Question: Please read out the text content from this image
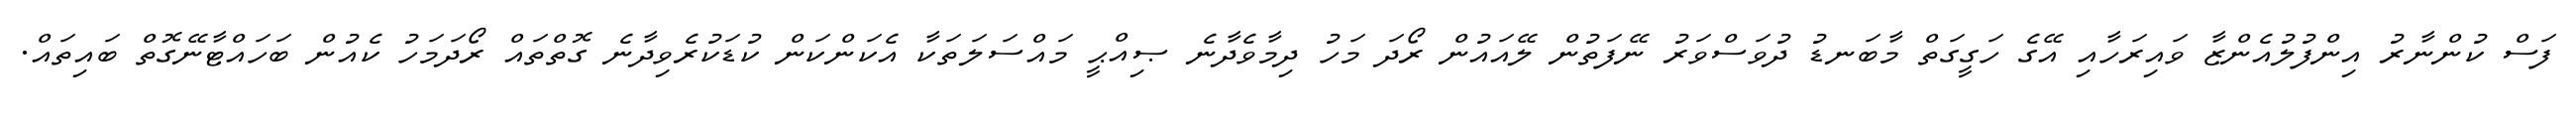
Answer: ފަސް ކުންނާރު އިންފުލުއެންޒާ ވައިރަހާއި އޭގެ ހަގީގަތް މާބަނޑު ދުވަސްވަރު ނޭފަތުން ލޭއައުން ރޯދަ މަހު ދިމާވެދާނެ ޞިއްޙީ މައްސަލަތަކާ އެކަންކަން ކުޑަކުރެވިދާނެ ގޮތްތައް ރޯދަމަހު ކެއުން ބަހައްޓާނޭގޮތް ބައިތައް.